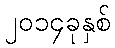
၂၀၁၄ခုနှစ်